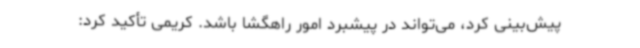
پیش‌بینی کرد، می‌تواند در پیشبرد امور راهگشا باشد. کریمی تأکید کرد: